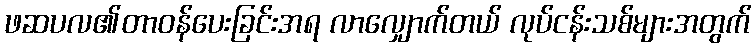
ဖဆပလ၏တာဝန်ပေးခြင်းအရ လာလျှောက်တယ် လုပ်ငန်းသစ်များအတွက်